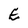
Character: E